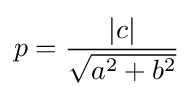
p={\frac {|c|}{\sqrt {a^{2}+b^{2}}}}